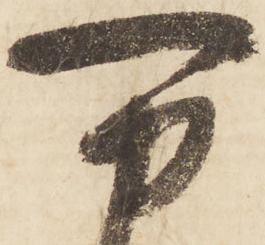
万